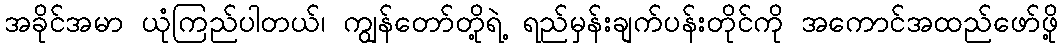
အခိုင်အမာ ယုံကြည်ပါတယ်၊ ကျွန်တော်တို့ရဲ့ ရည်မှန်းချက်ပန်းတိုင်ကို အကောင်အထည်ဖော်ဖို့